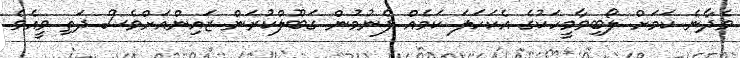
ވެދާނެ ކަމަށް ލޯބިވާމީހަކުގެ އެކަަހަލަ ކަމެއް ފެނުމުން ގަބޫލްކުރަން ޒައިންއަށްވެސް ދަތި ވީއެވެ.